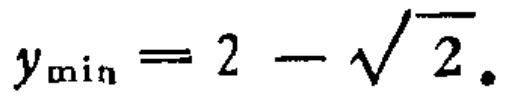
$y_{\min}=2 - \sqrt{2}.$